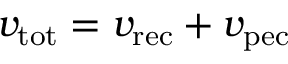
v _ { \mathrm { t o t } } = v _ { \mathrm { r e c } } + v _ { \mathrm { p e c } }